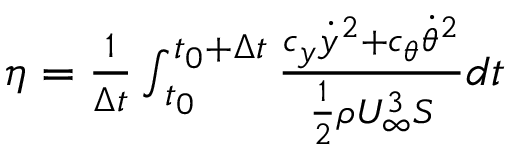
\begin{array} { r } { \eta = \frac { 1 } { \Delta t } \int _ { t _ { 0 } } ^ { t _ { 0 } + \Delta t } \frac { c _ { y } \dot { y } ^ { 2 } + c _ { \theta } \dot { \theta } ^ { 2 } } { \frac { 1 } { 2 } \rho U _ { \infty } ^ { 3 } S } d t } \end{array}